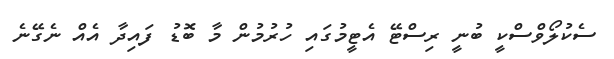
ސެކުލޯވްސްކީ ބުނީ ރިސްޓޭ އެޓީމުގައި ހުރުމުން މާ ބޮޑު ފައިދާ އެއް ނެގޭނެ